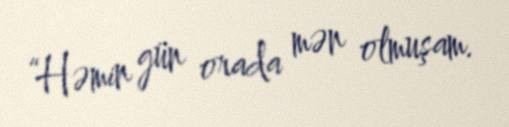
“Həmin gün orada mən olmuşam.